Problem: 46 + 50 = ?
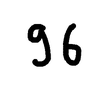
Handwritten answer: 96